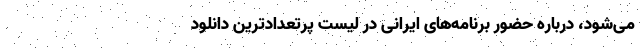
می‌شود، درباره حضور برنامه‌های ایرانی در لیست پرتعداد‌ترین دانلود